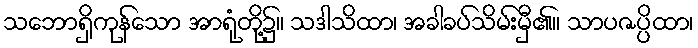
သဘောရှိကုန်သော အာရုံတို့၌။ သဒါသိထာ၊ အခါခပ်သိမ်းမှီ၏။ သာပဇပ္ပိထာ၊